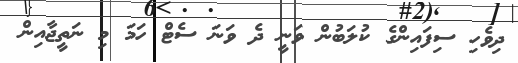
ދިވެހި ސިފައިންގެ ކުލަބުން ވަނީ ދެ ވަނަ ސެޓް ހަމަ މި ނަތީޖާއިން